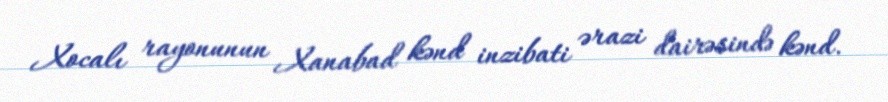
Xocalı rayonunun Xanabad kənd inzibati ərazi dairəsində kənd.